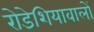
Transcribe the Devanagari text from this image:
रोडेशियावालों